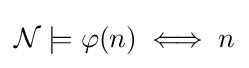
{\mathcal {N}}\models \varphi (n)\iff n